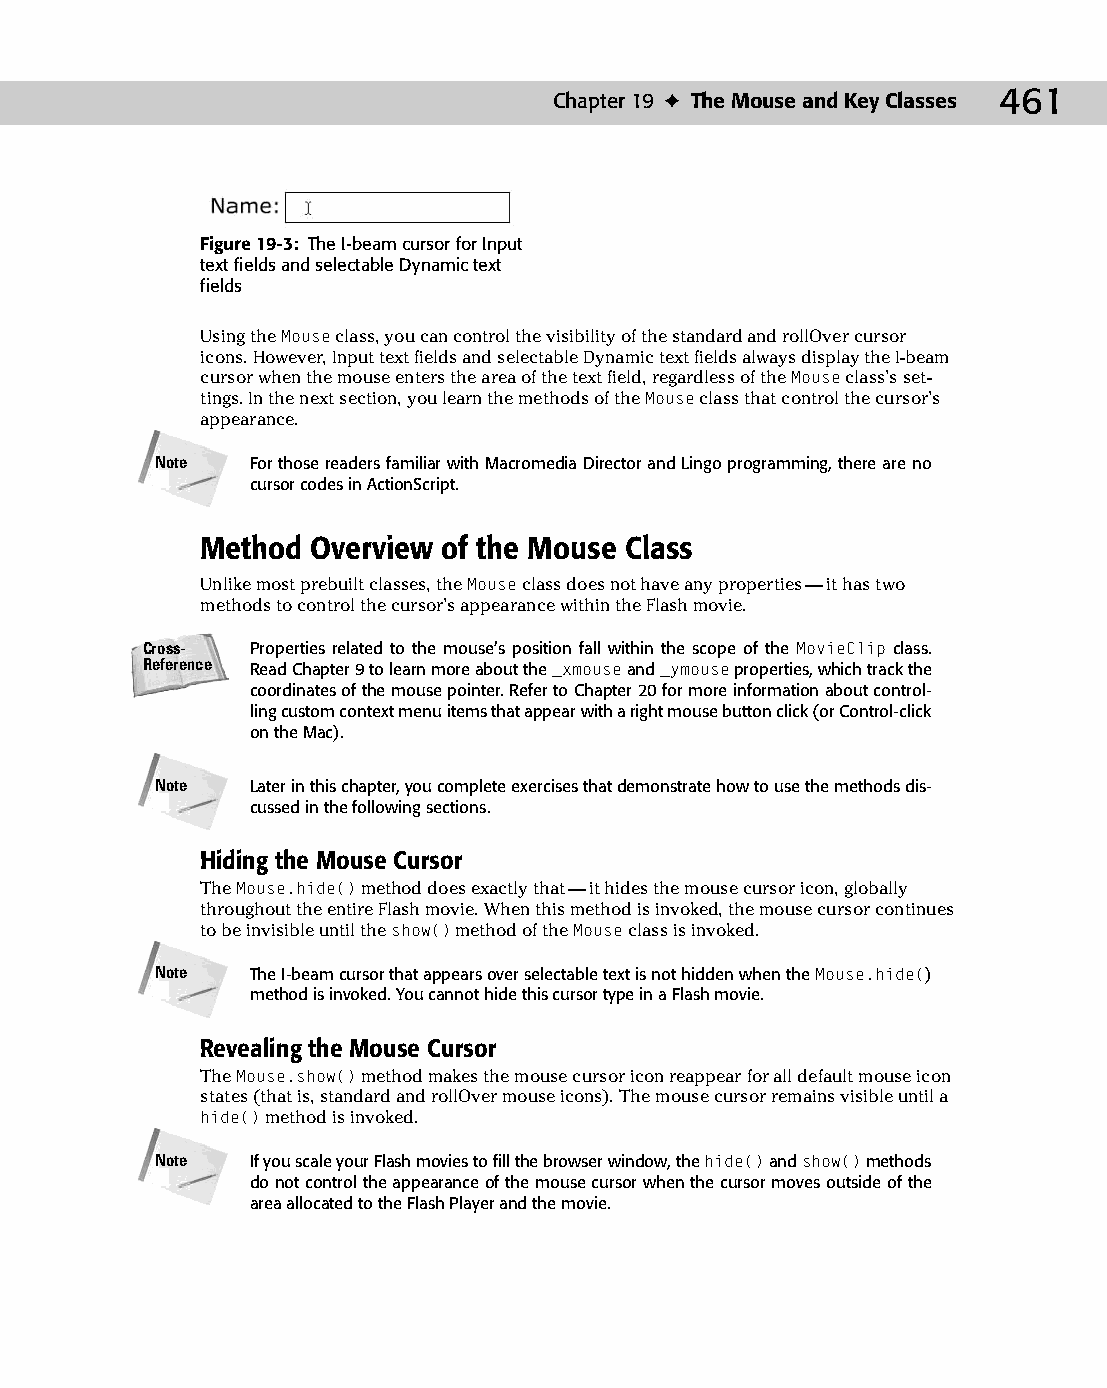
25 543547 ch19.qxd 3/24/04 4:10 PM Page 461
 Chapter 19 ✦ The Mouse and Key Classes 461
 Figure 19-3: The I-beam cursor for Input
 text fields and selectable Dynamic text
 fields
 Using the Mouse class, you can control the visibility of the standard and rollOver cursor
 icons. However, Input text fields and selectable Dynamic text fields always display the I-beam
 cursor when the mouse enters the area of the text field, regardless of the Mouse class’s set­
 tings. In the next section, you learn the methods of the Mouse class that control the cursor’s
 appearance.
 Note   For those readers familiar with Macromedia Director and Lingo programming, there are no
 cursor codes in ActionScript.
 Method  Overview of the Mouse Class
 Unlike most prebuilt classes, the Mouse class does not have any properties — it has two
 methods to control the cursor’s appearance within the Flash movie.
 Cross-  Properties related to the mouse’s position fall within the scope of the MovieClip class.
 Reference Read Chapter 9 to learn more about the _xmouse and _ymouse properties, which track the
 coordinates of the mouse pointer. Refer to Chapter 20 for more information about control­
 ling custom context menu items that appear with a right mouse button click (or Control-click
 on the Mac).
 Note   Later in this chapter, you complete exercises that demonstrate how to use the methods dis­
 cussed in the following sections.
 Hiding the Mouse Cursor
 The Mouse.hide() method does exactly that — it hides the mouse cursor icon, globally
 throughout the entire Flash movie. When this method is invoked, the mouse cursor continues
 to be invisible until the show() method of the Mouse class is invoked.
 Note   The I-beam cursor that appears over selectable text is not hidden when the Mouse.hide()
 method is invoked. You cannot hide this cursor type in a Flash movie.
 Revealing the Mouse Cursor
 The Mouse.show() method makes the mouse cursor icon reappear for all default mouse icon
 states (that is, standard and rollOver mouse icons). The mouse cursor remains visible until a
 hide() method is invoked.
 Note   If you scale your Flash movies to fill the browser window, the hide() and show() methods
 do not control the appearance of the mouse cursor when the cursor moves outside of the
 area allocated to the Flash Player and the movie.